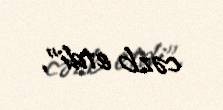
cəzb etdi".